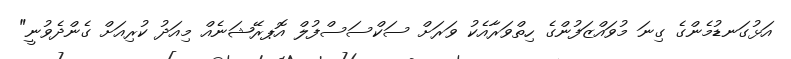
އަޅުގަނޑުމެންގެ ގިނަ މުވައްޒަފުންގެ ހިތްވަރާއެކު ވަރަށް ސަކްސަސްފުލް އޮޕރޭޝަނެއް މިއަދު ކުރިއަށް ގެންދެވުނީ"